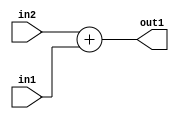
`timescale 1ps / 1ps
/*****************************************************************************
    Verilog RTL Description
    
    
    Created by: Stratus DpOpt 21.05.01 
*******************************************************************************/

module dut_Add_9Ux9U_10U_1 (
	in2,
	in1,
	out1
	); /* architecture "behavioural" */ 
input [8:0] in2,
	in1;
output [9:0] out1;
wire [9:0] asc001;

assign asc001 = 
	+(in2)
	+(in1);

assign out1 = asc001;
endmodule

/* CADENCE  urb3TwA= : u9/ySxbfrwZIxEzHVQQV8Q== ** DO NOT EDIT THIS LINE ******/